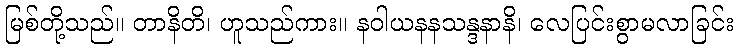
မြစ်တို့သည်။ တာနိတိ၊ ဟူသည်ကား။ နဝါယနနသန္ဒနာနိ၊ လေပြင်းစွာမလာခြင်း